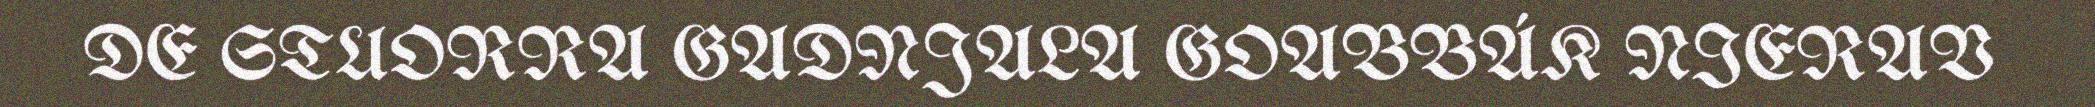
DE STUORRA GADNJALA GOABBÁK NIERAV